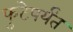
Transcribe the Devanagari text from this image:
फुटेपर्यंत